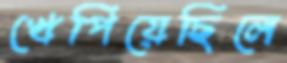
খেপিয়েছিলে